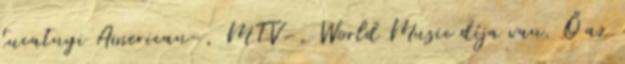
tucatnyi American-, MTV-, World Music díja van. Ő az